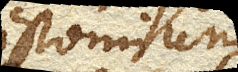
Epistomium